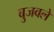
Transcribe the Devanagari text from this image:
बुजवले